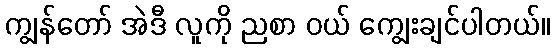
ကျွန်တော် အဲဒီ လူကို ညစာ ဝယ် ကျွေးချင်ပါတယ်။